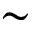
\sim